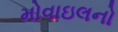
મોવાઇલનો